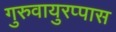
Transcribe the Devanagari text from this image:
गुरुवायुरप्पास